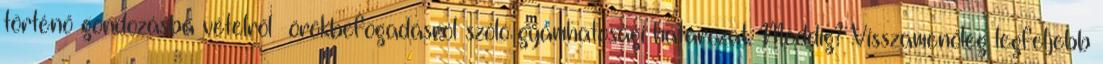
történő gondozásba vételről örökbefogadásról szóló gyámhatósági határozat. Meddig? Visszamenőleg legfeljebb